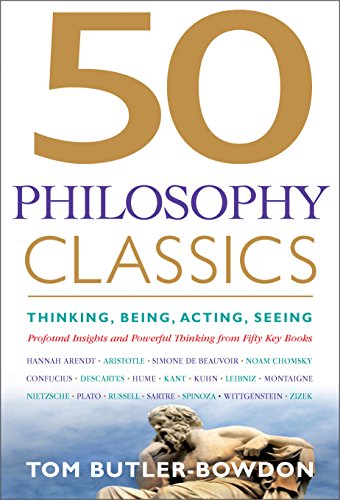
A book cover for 50 Philosophy Classics: Thinking, Being, Acting, Seeing, Profound Insights and Powerful Thinking from Fifty Key Books (50 Classics); Tom Butler-Bowdon; Politics & Social Sciences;